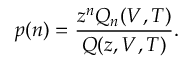
p ( n ) = \frac { z ^ { n } Q _ { n } ( V , T ) } { { \cal Q } ( z , V , T ) } .